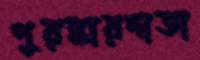
পুরস্কারদাতা